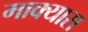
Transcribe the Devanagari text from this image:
माक्यास